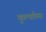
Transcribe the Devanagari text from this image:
कुर्ल्याच्या